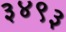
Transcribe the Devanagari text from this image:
३४९३